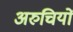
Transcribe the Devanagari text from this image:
अरुचियों